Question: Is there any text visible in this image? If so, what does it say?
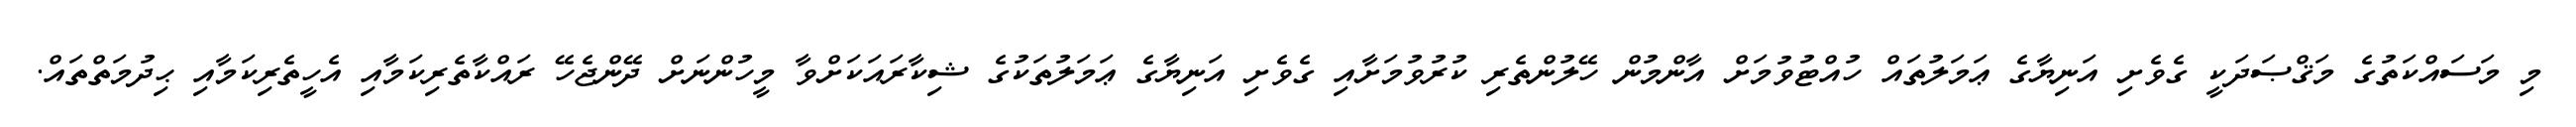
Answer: މި މަސައްކަތުގެ މަޤްޞަދަކީ ގެވެށި އަނިޔާގެ ޢަމަލުތައް ހުއްޓުވުމަށް އާންމުން ހޭލުންތެރި ކުރުވުމަށާއި ގެވެށި އަނިޔާގެ ޢަމަލުތަކުގެ ޝިކާރައަކަށްވާ މީހުންނަށް ދޭންޖެހޭ ރައްކާތެރިކަމާއި އެހީތެރިކަމާއި ޙިދުމަތްތައް.